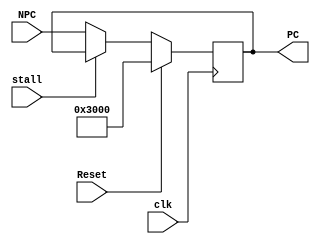
`timescale 1ns / 1ps
//////////////////////////////////////////////////////////////////////////////////
// Company: 
// Engineer: 
// 
// Design Name: 
// Module Name:    IFU 
// Project Name: 
// Target Devices: 
// Tool versions: 
// Description: 
//
// Dependencies: 
//
// Revision: 
// Revision 0.01 - File Created
// Additional Comments: 
//
//////////////////////////////////////////////////////////////////////////////////
module pc(
    input [31:0] NPC,
    output reg [31:0] PC,
    input clk,
	 input stall,
    input Reset
    );

always @(posedge clk) begin
	if (Reset)
		PC <= 32'h0000_3000;
	else if (!stall)
		PC <= NPC;
end

endmodule